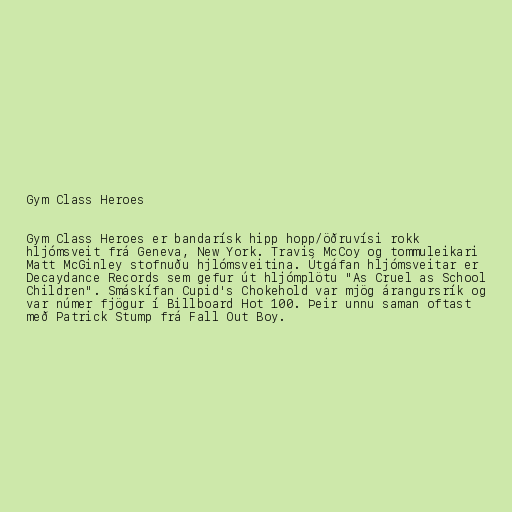
Gym Class Heroes

Gym Class Heroes er bandarísk hipp hopp/öðruvísi rokk
hljómsveit frá Geneva, New York. Travis McCoy og tommuleikari
Matt McGinley stofnuðu hjlómsveitina. Útgáfan hljómsveitar er
Decaydance Records sem gefur út hljómplötu "As Cruel as School
Children". Smáskífan Cupid's Chokehold var mjög árangursrík og
var númer fjögur í Billboard Hot 100. Þeir unnu saman oftast
með Patrick Stump frá Fall Out Boy.